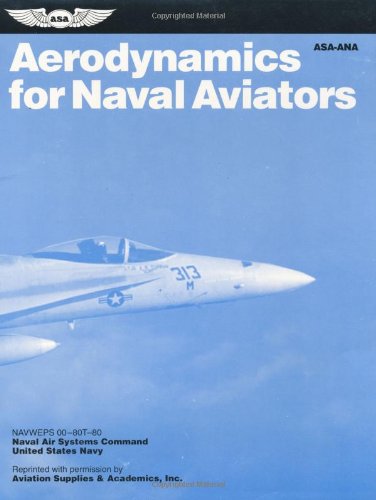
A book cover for Aerodynamics for Naval Aviators (FAA Handbooks); Federal Aviation Administration; Engineering & Transportation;